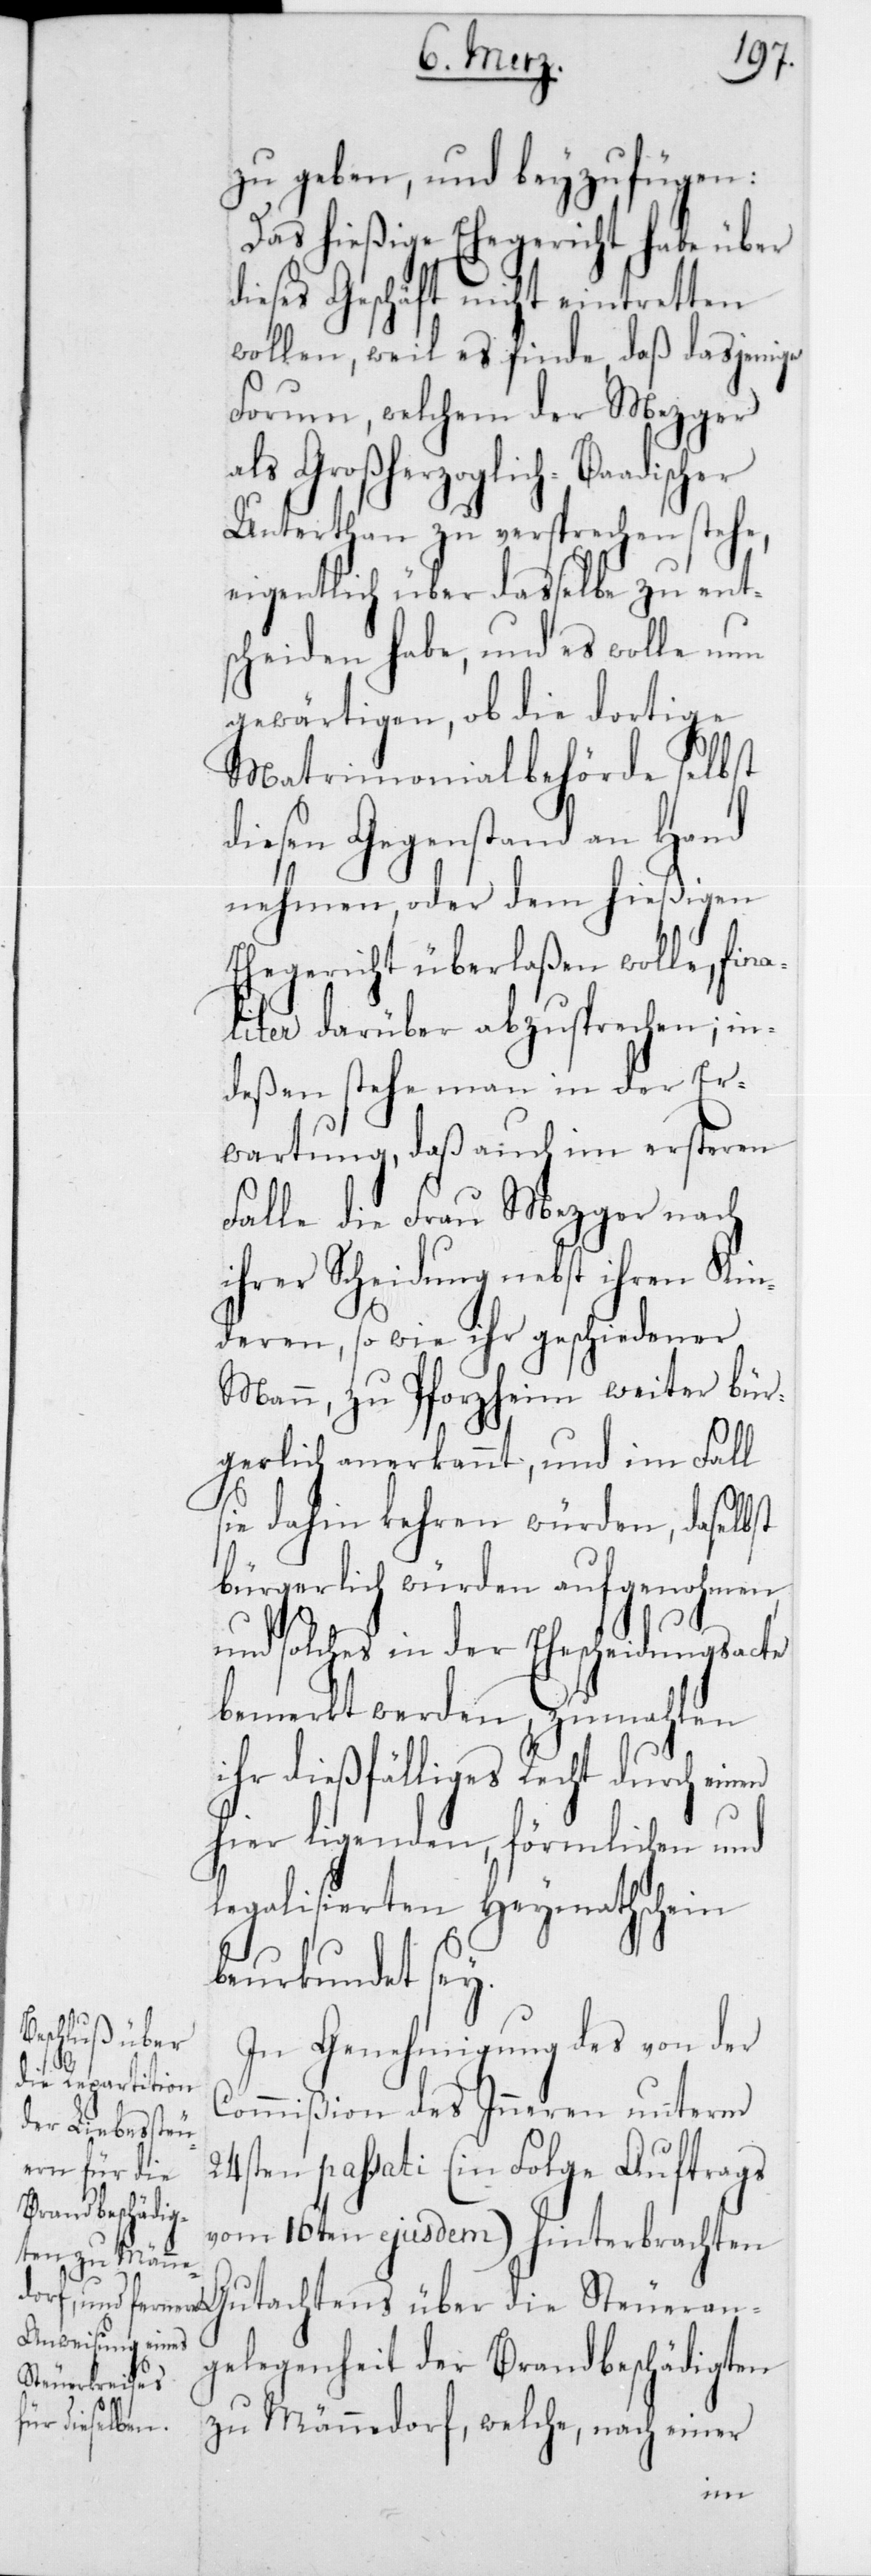
Steueran¬
zu geben, und beyzufügen:
Das hießige Ehegericht habe über
ieses Geschäft nicht eintretten
wollen, weil es finde, daß dasjenige
Forum, welchem der Mezger
ls Großherzoglich-Baadischer
Unterthan zu versprechen stehe,
eigentlich über dasselbe zu ent¬
scheiden habe, und es wolle nun
gewärtigen, ob die dortige
Matrimonialbehörde selbst
diesen Gegenstand an Hand
nehmen, oder dem hießigen
Ehegericht überlaßen wolle, fina¬
liter darüber abzusprechen; in¬
deßen stehe man in der Er¬
wartung, daß auch im ersteren
Falle die Frau Mezger nach
ihrer Scheidung nebst ihren Kin¬
deren, sowie ihr geschiedener
Mann, zu Pforzheim weiter bür¬
gerlich anerkannt, und im Fall
sie dahin kehren würden, daselbst
bürgerlich würden aufgenohmen,
und solches in der Ehescheidungsacte
bemerkt werden, zumahlen
ihr dießfälliges Recht durch einen
hier liegenden, förmlichen und
legalisierten Heymathschein
beurkundet sey.
In Genehmigung des von der
24s¬
Commißion des Innern unterm
ten passati (in Folge Auftrags
vom 16ten ejusdem) hinterbrachten
gelegenheit der Brandbeschädigten
zu Männedorf, welche nach einer
die